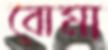
বোমা